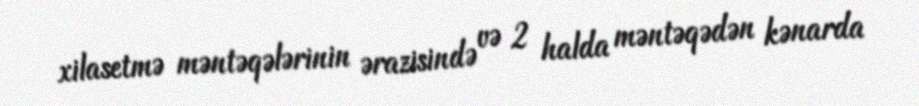
xilasetmə məntəqələrinin ərazisində və 2 halda məntəqədən kənarda